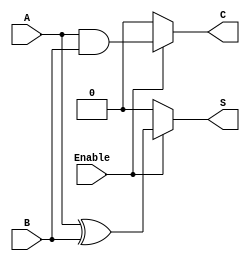
module ConditionalHalfAdder (
    input wire A,        // First single-bit input
    input wire B,        // Second single-bit input
    input wire Enable,   // Control signal
    output wire S,       // Sum output
    output wire C        // Carry output
);

    // Conditional logic for Sum and Carry
    assign S = Enable ? (A ^ B) : 1'b0; // S = A XOR B if Enable is high, else S = 0
    assign C = Enable ? (A & B) : 1'b0; // C = A AND B if Enable is high, else C = 0

endmodule